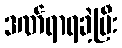
ဒဏ်ရာရခဲ့ပြီး